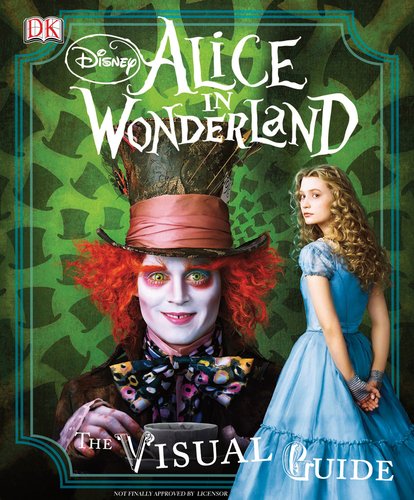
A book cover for Disney's Alice in Wonderland: The Visual Guide; DK Publishing; Teen & Young Adult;